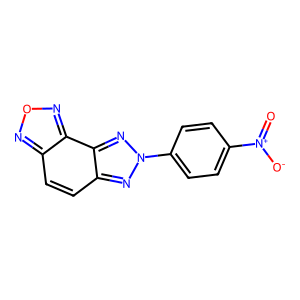
SMILES: O=[N+]([O-])c1ccc(-n2nc3ccc4nonc4c3n2)cc1
Inhibits HIV replication: No